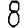
Digit: 8